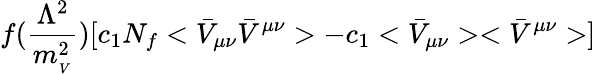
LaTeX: f(\frac{\Lambda^{2}}{m_{_V}^{2}})[c_{1}N_{f}<\bar{V}_{\mu\nu}\bar{V}^{\mu\nu}>-c_{1}<\bar{V}_{\mu\nu}><\bar{V}^{\mu\nu}>]